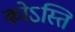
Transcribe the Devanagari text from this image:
कोऽस्ति